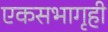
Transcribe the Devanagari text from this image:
एकसभागृही